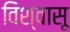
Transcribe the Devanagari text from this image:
विश्‍वासू